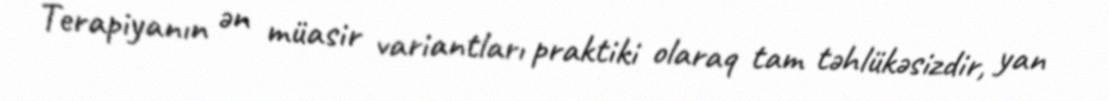
Terapiyanın ən müasir variantları praktiki olaraq tam təhlükəsizdir, yan